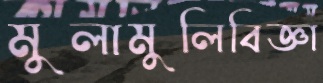
মুলামুলিবিজ্ঞা